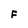
Character: F